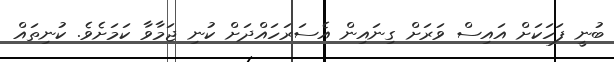
ބުނީ ފަހަކަށް އައިސް ވަރަށް ގިނައިން އެސަރަހައްދަށް ކުނި ޖަމާވާ ކަމަށެވެ. ކުނިތައް